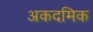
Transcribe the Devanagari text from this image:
अकदमिक